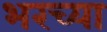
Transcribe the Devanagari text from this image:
भरच्या